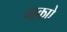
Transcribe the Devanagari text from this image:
वाक़ऐ